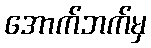
အောက်ဘက်မှ